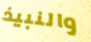
والنبيذ